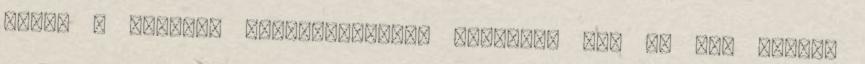
nekik a helyzet tisztázásával. Bizonyos idő el fog telni,